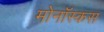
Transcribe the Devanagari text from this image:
मोनॉस्कस